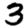
Digit: 3